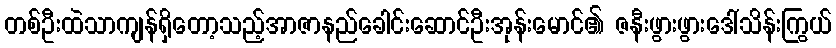
တစ်ဦးထဲသာကျန်ရှိတော့သည့်အာဇာနည်ခေါင်းဆောင်ဦးအုန်းမောင်၏ ဇနီးဖွားဖွားဒေါ်သိန်းကြွယ်